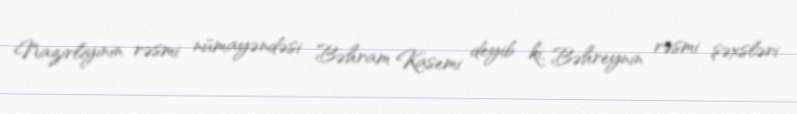
Nazirliyinin rəsmi nümayəndəsi Bəhram Kasemi deyib ki, Bəhreynin rəsmi şəxsləri